Standards of the constituents of the urine and blood and the bearing of the metabolism of Bengalis on the problems of nutrition - Number 34
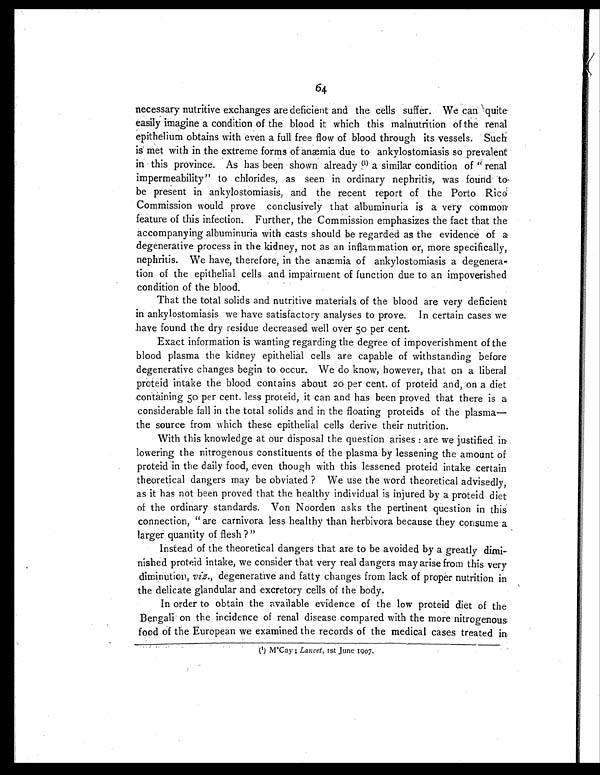
64
necessary nutritive exchanges are deficient and the cells suffer. We can quite-
easily imagine a condition of the blood it which this malnutrition of the renal
epithelium obtains with even a full free flow of blood through its vessels. Such
is met with in the extreme forms of anæmia due to ankylostomiasis so prevalent
in this province. As has been shown already ( 1 )
a s i m i l a r c o n d i t i o n o f " r e n a l
impermeability" to chlorides, as seen in ordinary nephritis, was found to-
be present in ankylostomiasis, and the recent report of the Porto Rico
Commission would prove conclusively that albuminuria is a very common
feature of this infection. Further, the Commission emphasizes the fact that the
accompanying albuminuria with casts should be regarded as the evidence of a
degenerative process in the kidney, not as an inflammation or, more specifically,
nephritis. We have, therefore, in the anæmia of ankylostomiasis a degenera-
tion of the epithelial cells and impairment of function due to an impoverished
condition of the blood.
That the total solids and nutritive materials of the blood are very deficient
in ankylostomiasis we have satisfactory analyses to prove. In certain cases we
have found the dry residue decreased well over 50 per cent.
Exact information is wanting regarding the degree of impoverishment of the
blood plasma the kidney epithelial cells are capable of withstanding before
degenerative changes begin to occur. We do know, however, that on a liberal
proteid intake the blood contains about 20 per cent. of proteid and, on a diet
containing 50 per cent. less proteid, it can and has been proved that there is a
considerable fall in the total solids and in the floating proteids of the plasma—.
the source from which these epithelial cells derive their nutrition.
With this knowledge at our disposal the question arises: are we justified in
lowering the nitrogenous constituents of the plasma by lessening the amount of
proteid din the daily food, even though with this lessened proteid intake certain
theoretical dangers may be obviated ? We use the word theoretical advisedly,
as it has not been proved that the healthy individual is injured by a proteid diet
of the ordinary standards. Von Noorden asks the pertinent question in this
connection, are carnivora less healthy than herbivora because they consume a
larger quantity of flesh ?"
Instead of the theoretical dangers that are to be avoided by a greatly dimi
nished proteid intake, we consider that very real dangers may arise from this very
diminution, viz., degenerative and fatty changes from lack of proper nutrition in
the delicate glandular and excretory cells of the body.
In order to obtain the available evidence of the low proteid diet of the
Bengali on the incidence of renal disease compared with the more nitrogenous.
food of the. European we examined the records of the medical cases treated in.
(1) M'Cay ; Lancet, 1st June 1907.